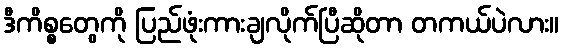
ဒီကိစ္စတွေကို ပြည်ဖုံးကားချလိုက်ပြီဆိုတာ တကယ်ပဲလား။